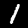
Digit: 1